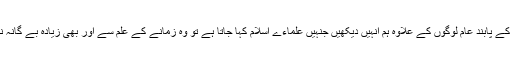
نماز روزے کے پابند عام لوگوں کے علاوہ ہم انہیں دیکھیں جنہیں علماءے اسلام کہا جاتا ہے تو وہ زمانے کے علم سے اور بھی زیادہ بے گانہ نظر آتے ہیں۔